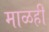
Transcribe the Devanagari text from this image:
माळही